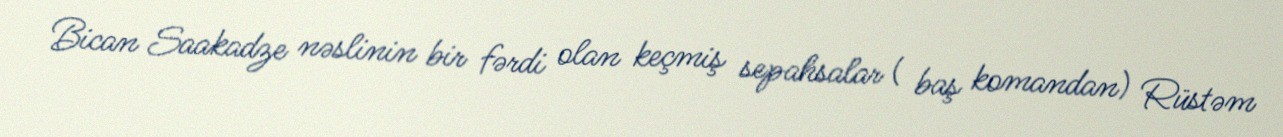
Bican Saakadze nəslinin bir fərdi olan keçmiş sepahsalar ( baş komandan) Rüstəm